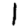
Digit: 1